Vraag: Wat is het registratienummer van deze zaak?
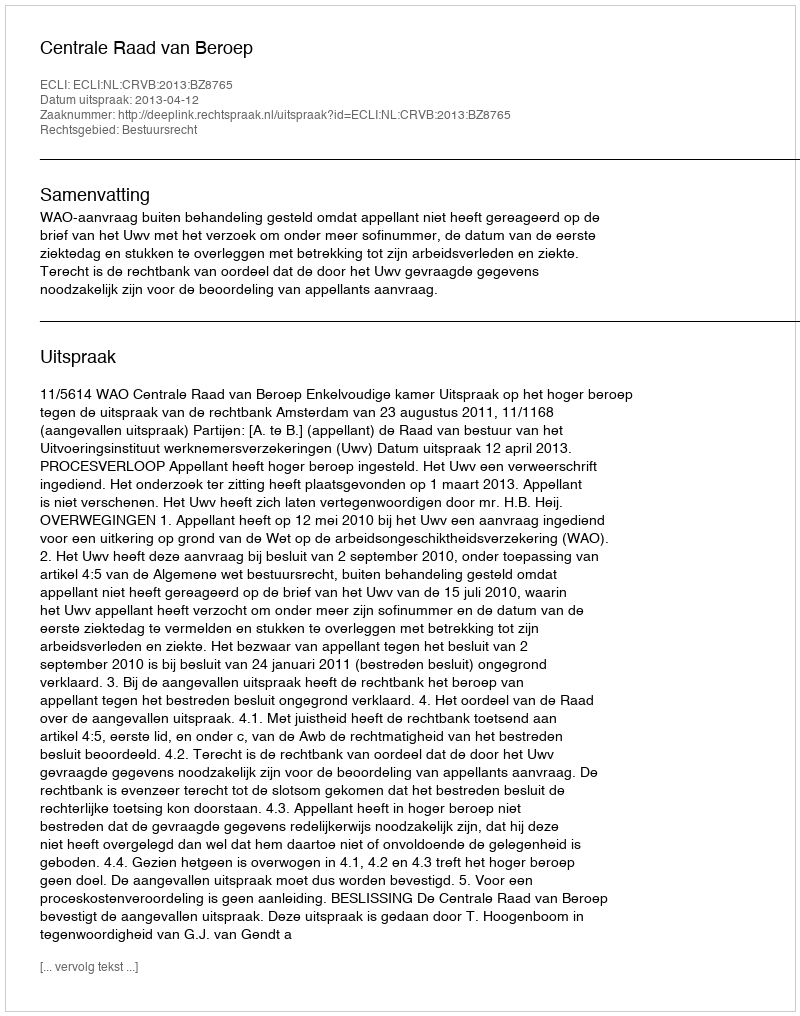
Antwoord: http://deeplink.rechtspraak.nl/uitspraak?id=ECLI:NL:CRVB:2013:BZ8765